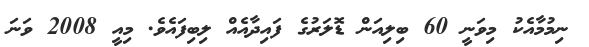
ނިމުމާއެކު މިވަނީ 60 ބިލިއަން ޑޮލަރުގެ ފައިދާއެއް ލިބިފައެވެ. މިއީ 2008 ވަނަ